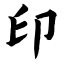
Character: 印